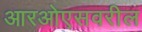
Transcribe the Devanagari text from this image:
आरओएसवरील